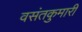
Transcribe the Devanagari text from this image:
वसंतकुमारी